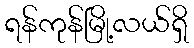
ရန်ကုန်မြို့လယ်ရှိ